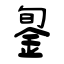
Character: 銞